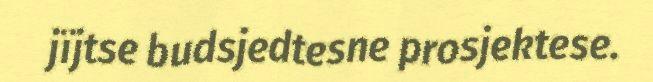
jïjtse budsjedtesne prosjektese.